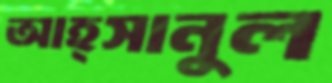
আহ্সানুল